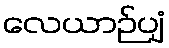
လေယာဉ်ပျံ